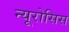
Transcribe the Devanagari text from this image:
न्यूरोसिस